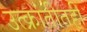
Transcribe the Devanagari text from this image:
उत्क्रांतीतही